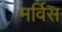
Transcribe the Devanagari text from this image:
मर्विस